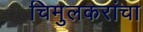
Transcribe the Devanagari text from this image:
चिमुलकरांचा